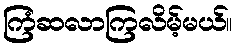
ကြံဆလာကြလိမ့်မယ်။